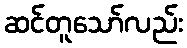
ဆင်တူသော်လည်း